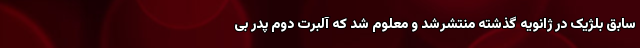
سابق بلژیک در ژانویه گذشته منتشرشد و معلوم شد که آلبرت دوم پدر بی